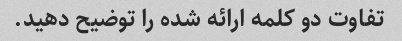
تفاوت دو کلمه ارائه شده را توضیح دهید.